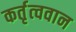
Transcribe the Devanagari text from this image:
कर्तृत्‍ववान